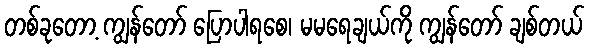
တစ်ခုတော့ ကျွန်တော် ပြောပါရစေ၊ မမရေချယ်ကို ကျွန်တော် ချစ်တယ်